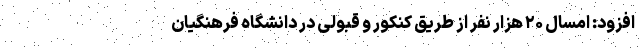
افزود: امسال ۲۰ هزار نفر از طریق کنکور و قبولی در دانشگاه فرهنگیان